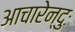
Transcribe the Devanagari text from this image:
आचारेन्दुः